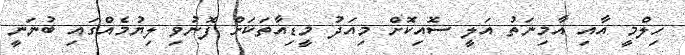
ހިލްމީ އާއި އާމިނަތު އަލީ ސޮއިކޮށް މިއަދު މީޑިއާތަކަށް ފޮނުވި ލިޔުމެއްގައި ބުނަނީ